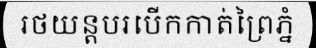
រថយន្តបរបើកកាត់ព្រៃភ្នំ